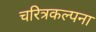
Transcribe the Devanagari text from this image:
चरित्रकल्पना